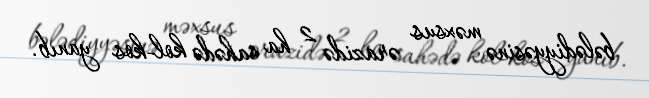
bələdiyyəsinə məxsus ərazidə 2 ha sahədə kol-kos yanıb.